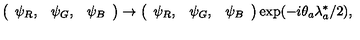
\left( \begin{array} { c c c } { \psi _ { R } , } & { \psi _ { G } , } & { \psi _ { B } } \\ \end{array} \right) \rightarrow \left( \begin{array} { c c c } { \psi _ { R } , } & { \psi _ { G } , } & { \psi _ { B } } \\ \end{array} \right) \exp ( - i \theta _ { a } \lambda _ { a } ^ { * } / 2 ) ,